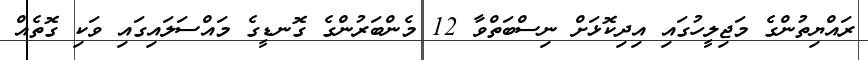
ރައްޔިތުންގެ މަޖިލީހުގައި އިދިކޮޅަށް ނިސްބަތްވާ 12 މެންބަރުންގެ ގޮނޑީގެ މައްސަލައިގައި ވަކި ގޮތެއް